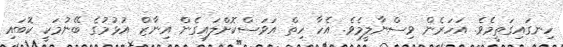
ހިނގައިގަތީމެވެ. އަހަރެން ވިސްނާލީމެވެ. އެހާ ހިތް އަވަސްކޮށްލައިގެން އިނާޒް އުޅުމުގެ ބޭނުމަކީ ކޮބައި